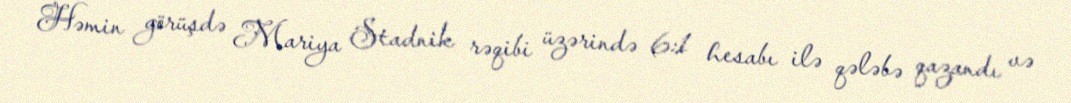
Həmin görüşdə Mariya Stadnik rəqibi üzərində 6:1 hesabı ilə qələbə qazandı və